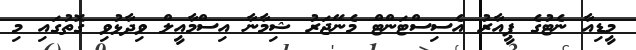
މީޑިއާ ނެޓުގެ ޕީއާރު އެސިސްޓަންޓް މެނޭޖަރު ޝިމާނާ އިސްމާއީލް ވިދާޅުވި ގޮތުގައި މި